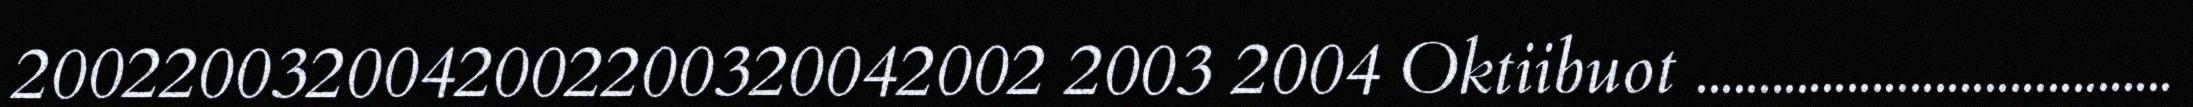
2002200320042002200320042002 2003 2004 Oktiibuot ......................................